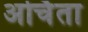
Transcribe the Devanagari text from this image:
अर्चिता